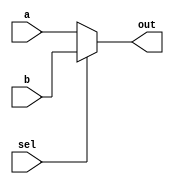
module top_module( 
    input a, b, sel,
    output out ); 
    assign out = (sel == 1'b0) ? a : b;
endmodule